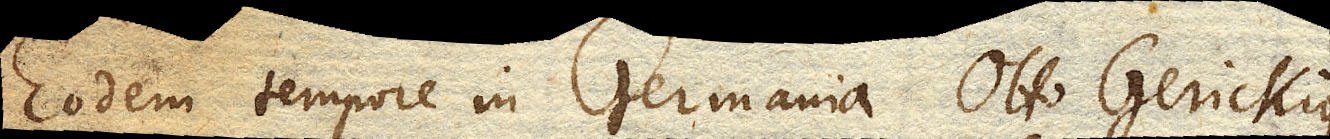
Eodem tempore in Germania Otto Gerickius